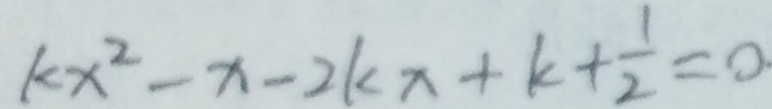
k x ^ { 2 } - x - 2 k x + k + \frac { 1 } { 2 } = 0